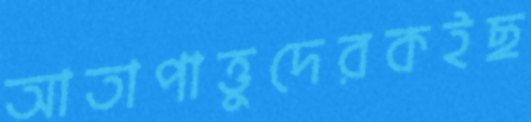
আতাপাত্তুদেরকইছ